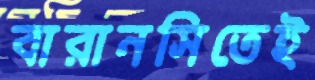
বারানসিতেই